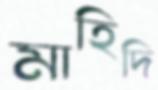
মাহিদি